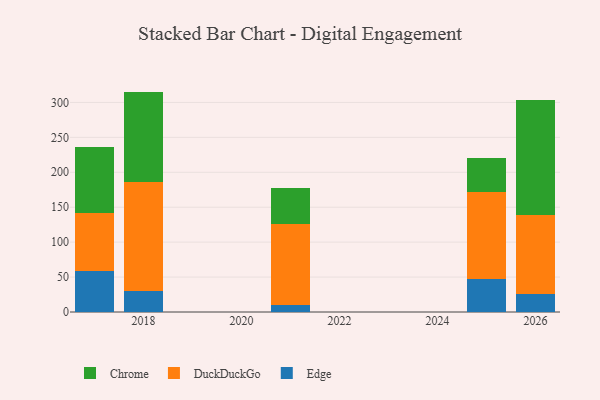
{"axis": {"x": "Year", "y": "Shipments"}, "legend": ["Chrome", "DuckDuckGo", "Edge"], "data": [{"x": "2025", "y": 47.5, "type": "Edge"}, {"x": "2025", "y": 124.5, "type": "DuckDuckGo"}, {"x": "2025", "y": 47.8, "type": "Chrome"}, {"x": "2017", "y": 58.3, "type": "Edge"}, {"x": "2017", "y": 83.3, "type": "DuckDuckGo"}, {"x": "2017", "y": 93.9, "type": "Chrome"}, {"x": "2026", "y": 25.7, "type": "Edge"}, {"x": "2026", "y": 112.7, "type": "DuckDuckGo"}, {"x": "2026", "y": 165.0, "type": "Chrome"}, {"x": "2018", "y": 30.4, "type": "Edge"}, {"x": "2018", "y": 156.4, "type": "DuckDuckGo"}, {"x": "2018", "y": 128.7, "type": "Chrome"}, {"x": "2021", "y": 9.4, "type": "Edge"}, {"x": "2021", "y": 116.5, "type": "DuckDuckGo"}, {"x": "2021", "y": 52.2, "type": "Chrome"}]}